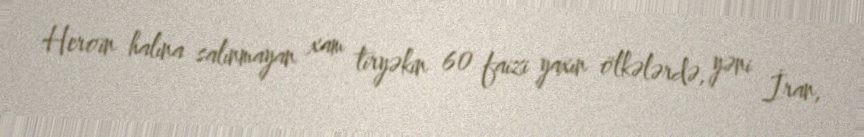
Heroin halına salınmayan xam tiryəkin 60 faizi yaxın ölkələrdə, yəni İran,